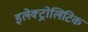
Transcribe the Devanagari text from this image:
इलेक्ट्रोलिटिक